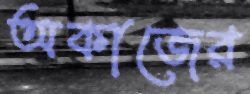
অকাজের